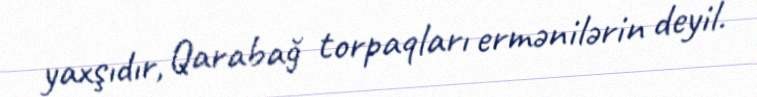
yaxşıdır, Qarabağ torpaqları ermənilərin deyil.